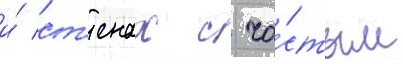
и́ ст'енах с ча́стым